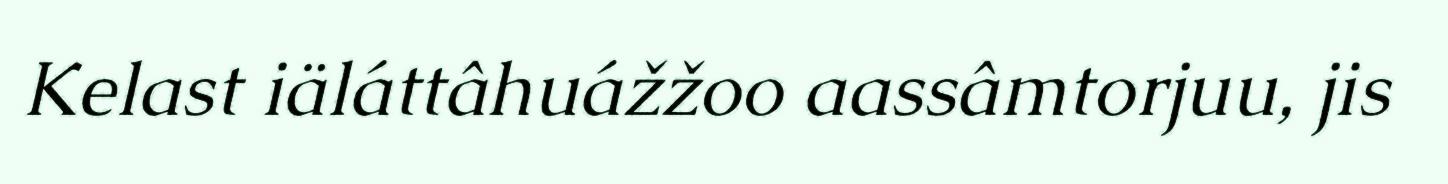
Kelast iäláttâhuážžoo aassâmtorjuu, jis